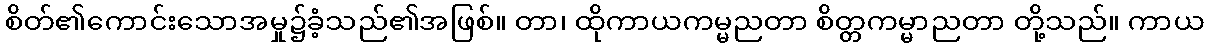
စိတ်၏ကောင်းသောအမှု၌ခံ့သည်၏အဖြစ်။ တာ၊ ထိုကာယကမ္မညတာ စိတ္တကမ္မာညတာ တို့သည်။ ကာယ